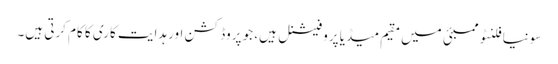
سونیا فلنٹو ممبئی میں مقیم میڈیا پروفیشنل ہیں، جو پروڈکشن اور ہدایت کاری کا کام کرتی ہیں۔